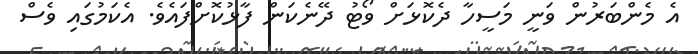
އެ މެންބަރުން ވަނީ މަސީހާ ދެކޮޅަށް ވޯޓު ދޭނެކަން ފާޅުކޮށްފައެވެ. އެކަމުގައި ވެސް